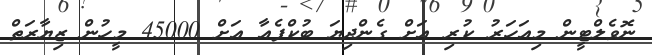
ނޮވެލްޓީން މިއަަހަރު ކުރި އަށް ގެންދިޔަ ބުކްފެއާ އަށް 45000 މީހުން ޒިޔާރަތް